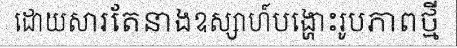
ដោយសារតែនាងឧស្សាហ៍បង្ហោះរូបភាពថ្មី